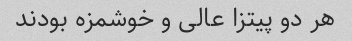
هر دو پیتزا عالی و خوشمزه بودند